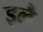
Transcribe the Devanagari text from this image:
इलै